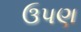
ઉપણ